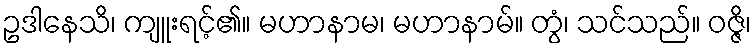
ဥဒါနေသိ၊ ကျူးရင့်၏။ မဟာနာမ၊ မဟာနာမ်။ တွံ၊ သင်သည်။ ဝဇ္ဇိ၊